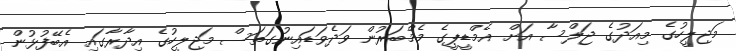
މަޖިލީހުގެ މިއަދުގެ ޖަލްސާ އަށް އެމްޑީޕީގެ މެމްބަރުން ވަދެވަޑައިނުގަތަސް މަޖިލީހުގެ އިދާރާގައި އެބޭފުޅުން